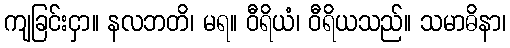
ကျခြင်းငှာ။ နလဘတိ၊ မရ။ ဝီရိယံ၊ ဝီရိယသည်။ သမာဓိနာ၊